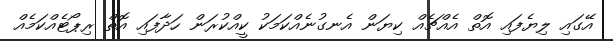
އޭގައި ލިޔެފައި އޮތް އެއްޗެއް ކިޔަން އެނގުނެއްކަމަކު ކީއްކުރަން ހަދާފައި އޮތް ރިޕޯޓެއްކަމެއް